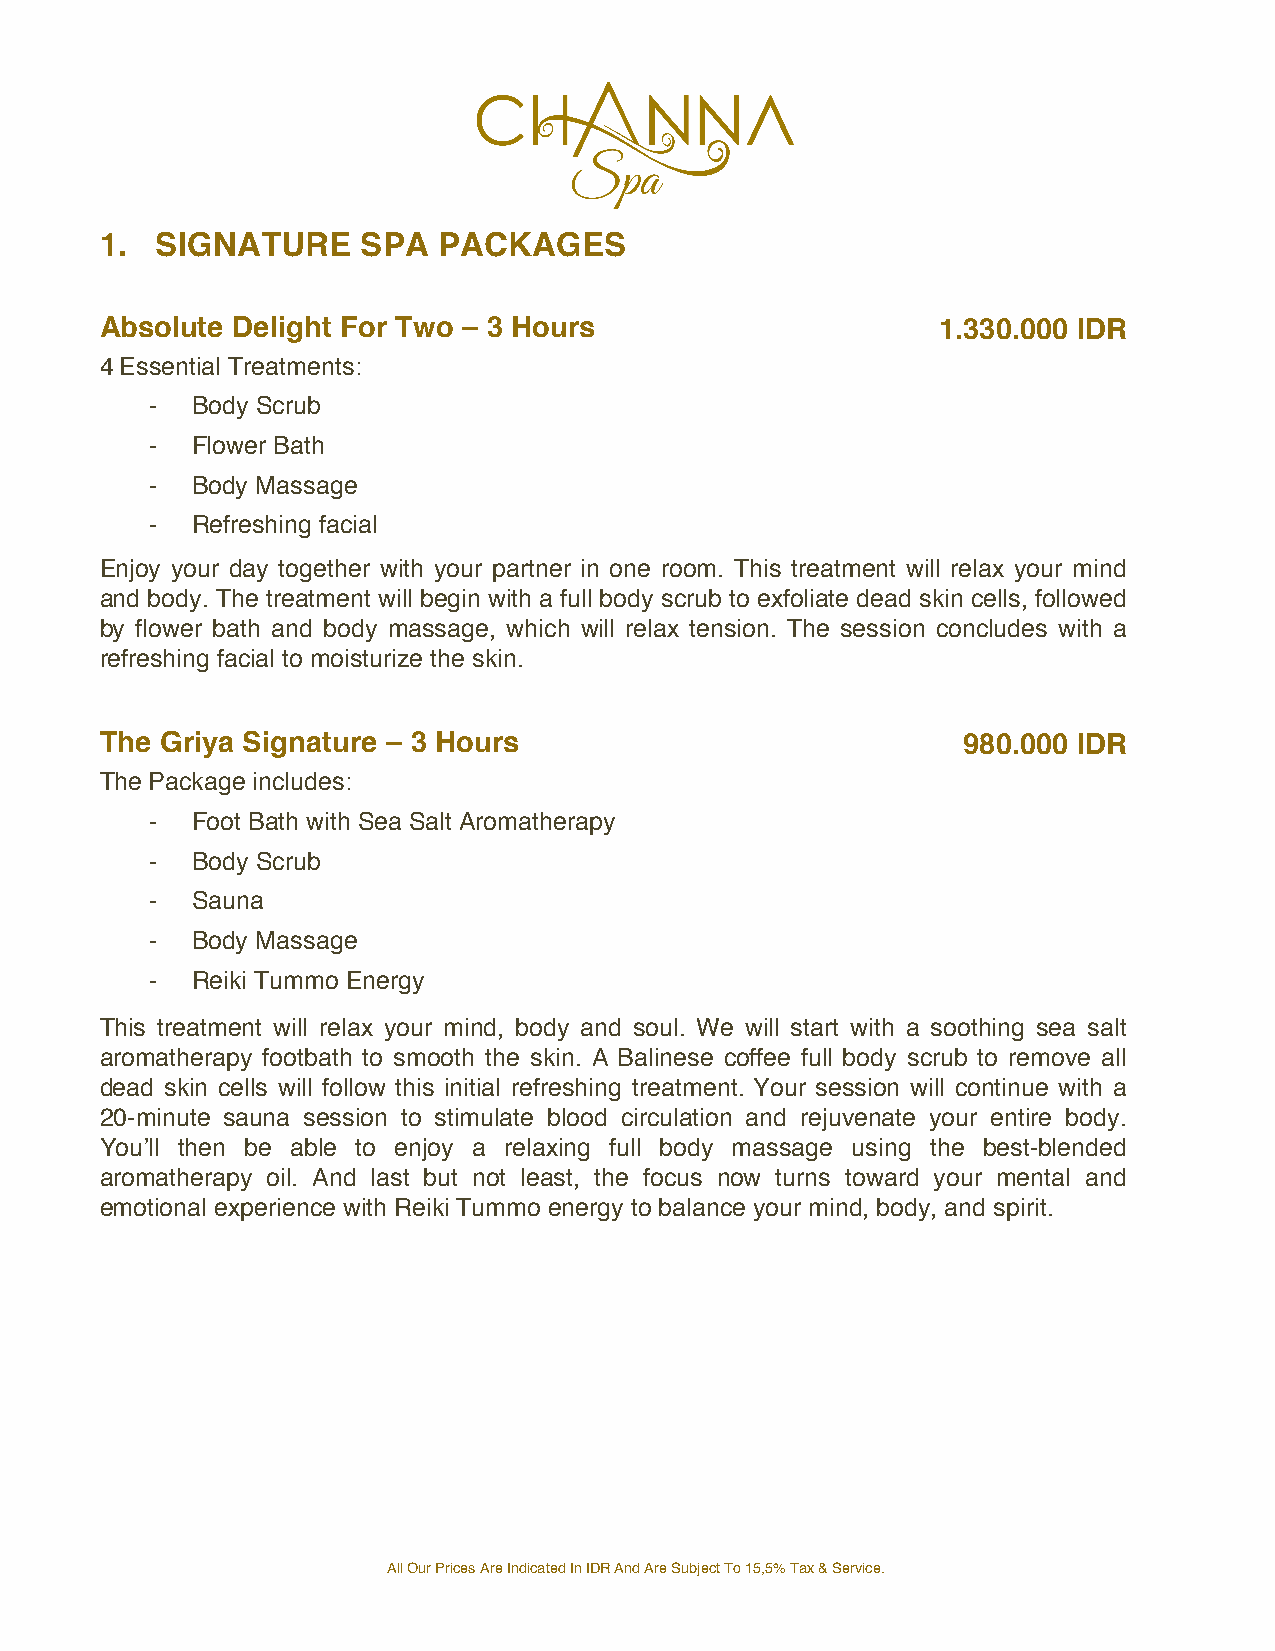
1. SIGNATURE     SPA  PACKAGES
 Absolute Delight For Two – 3 Hours                     1.330.000 IDR
 4 Essential Treatments:
 -  Body Scrub
 -  Flower Bath
 -  Body Massage
 -  Refreshing facial
 Enjoy your day together with your partner in one room. This treatment will relax your mind
 and body. The treatment will begin with a full body scrub to exfoliate dead skin cells, followed
 by flower bath and body massage, which will relax tension. The session concludes with a
 refreshing facial to moisturize the skin.
 The Griya Signature – 3 Hours                            980.000 IDR
 The Package includes:
 -  Foot Bath with Sea Salt Aromatherapy
 -  Body Scrub
 -  Sauna
 -  Body Massage
 -  Reiki Tummo Energy
 This treatment will relax your mind, body and soul. We will start with a soothing sea salt
 aromatherapy footbath to smooth the skin. A Balinese coffee full body scrub to remove all
 dead skin cells will follow this initial refreshing treatment. Your session will continue with a
 20-minute sauna session to stimulate blood circulation and rejuvenate your entire body.
 You’ll then be able to enjoy a relaxing full body massage using the best-blended
 aromatherapy oil. And last but not least, the focus now turns toward your mental and
 emotional experience with Reiki Tummo energy to balance your mind, body, and spirit.
 All Our Prices Are Indicated In IDR And Are Subject To 15,5% Tax & Service.